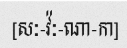
[សៈ-វ៉ៈ-ណា-កា]